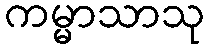
ကမ္မာသာသု